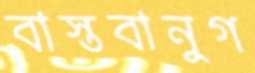
বাস্তবানুগ